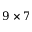
9 \times 7